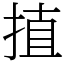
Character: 㨁